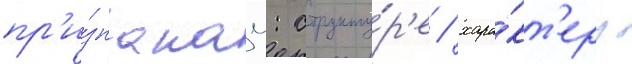
пр'и́знакам: структу́р'е / хара́кт'еру